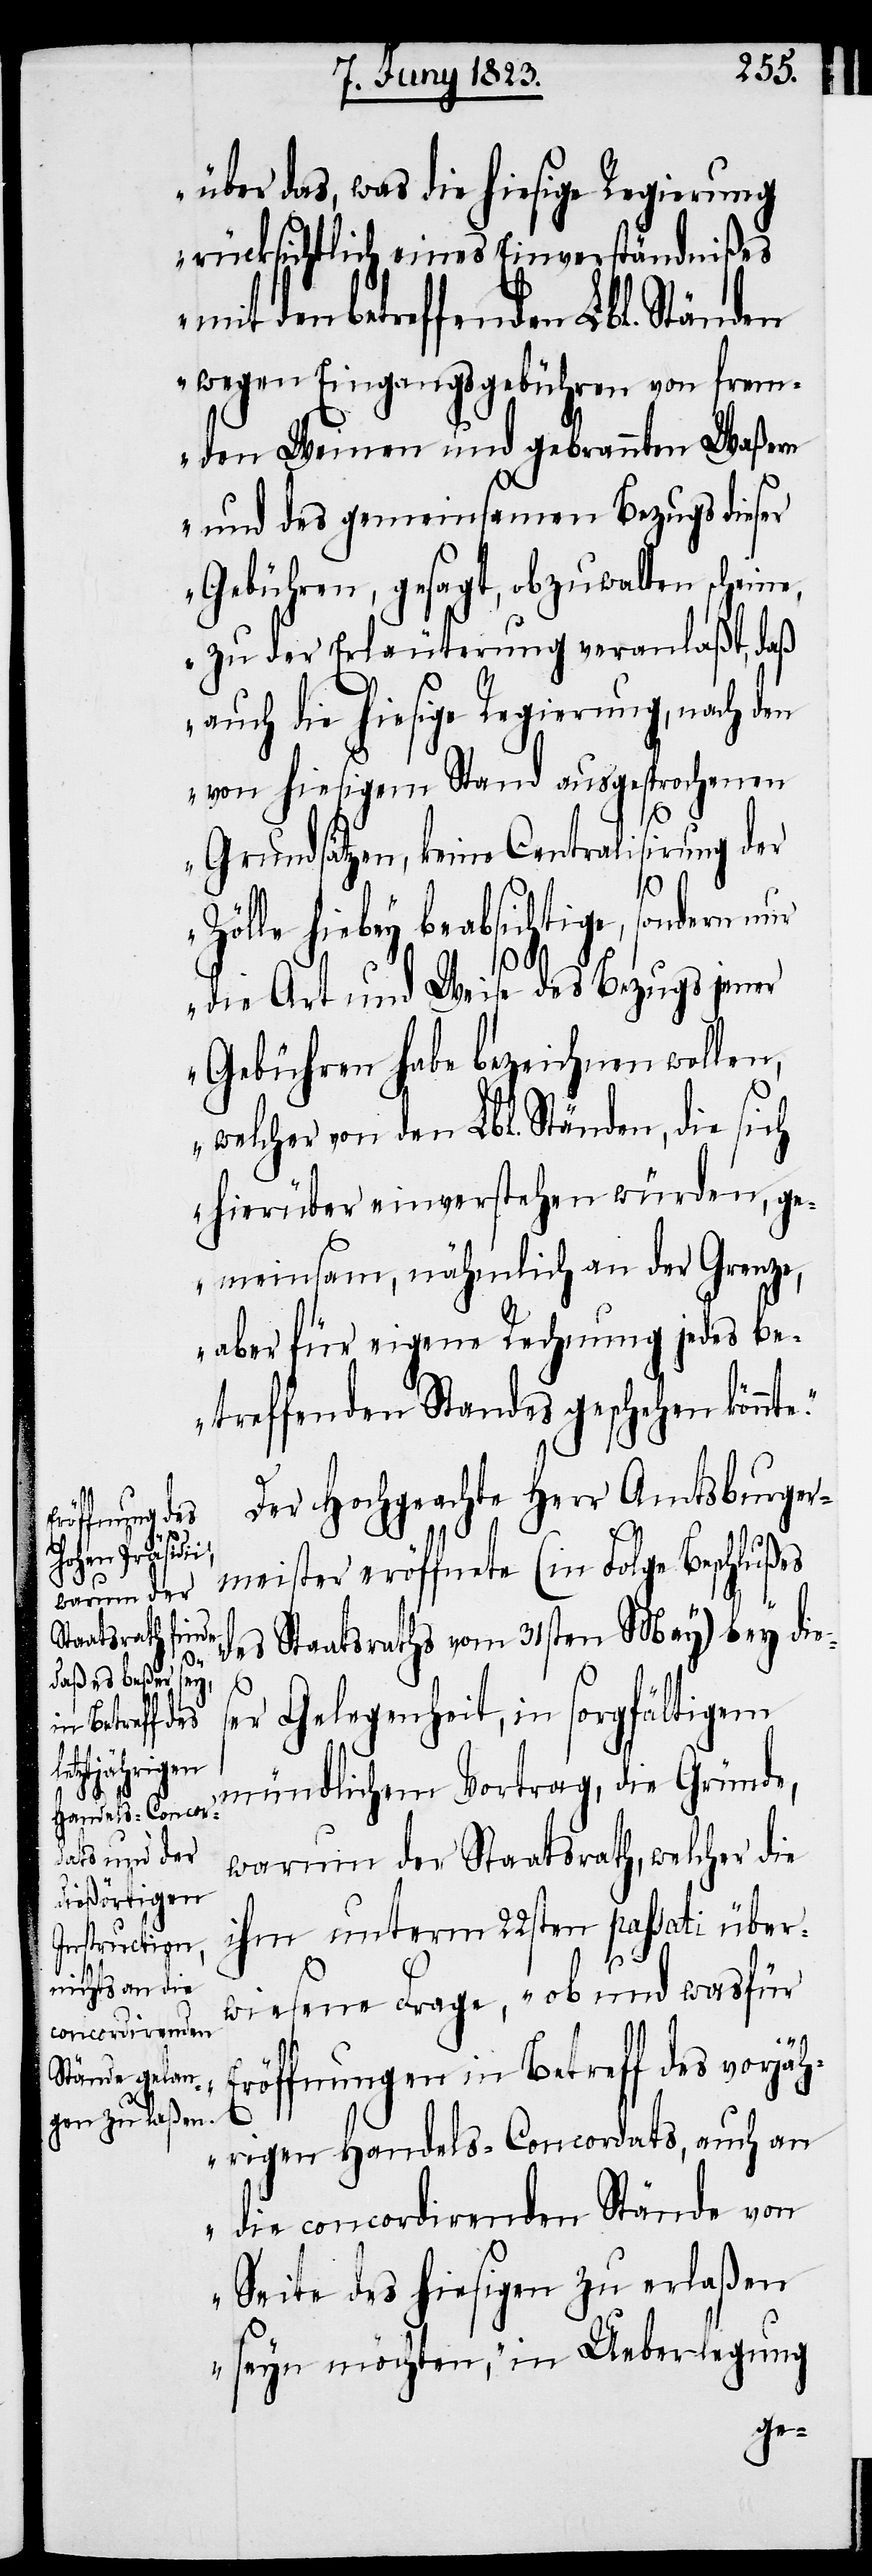
über das, was die hiesige Regierung
rücksichtlich eines Einverständnißes
mit den betreffenden Lbl. Ständen
wegen Eingangsgebühren von frem¬
den Weinen und gebrannten Waßern
und des gemeinsamen Bezugs dieser
Gebühren, gesagt, obzuwalten scheine,
zu der Erläuterung veranlaßt, daß
auch die hiesige Regierung, nach den
von hiesigem Stand ausgesprochenen
Grundsätzen, keine Centralisirung der
Zölle hiebey beabsichtige, sondern
die Art und Weise des Bezugs jener
Gebühren habe bezeichnen wollen,
welcher von den Lbl. Ständen, die sich
hierüber einverstehen würden, ge¬
meinsam, nähmlich an der Grenze,
aber für eigene Rechnung jedes be¬
treffenden Standes geschehen könnt¬
Der Hochgeachte Herr Amtsburger¬
meister eröffnete (in Folge Beschlußes
des Staatsraths vom 31sten May) bey die¬
e.“
ser Gelegenheit, in sorgfältigem
mündlichem Vortrag, die Gründe,
warum der Staatsrath, welcher die
ihm unterm 22sten passati über¬
wiesene Frage, „ob und wasfür
Eröffnungen in Betreff des vorjäh¬
rigen Handels-Concordats, auch an
die concordirenden Stände von
Seite des hiesigen zu erlaßen
seyn möchten,“ in Ueberlegung